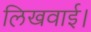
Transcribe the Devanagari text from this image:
लिखवाई।